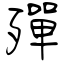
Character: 殫